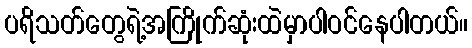
ပရိသတ်တွေရဲ့အကြိုက်ဆုံးထဲမှာပါဝင်နေပါတယ်။